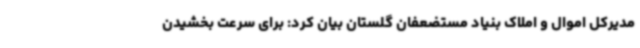
مدیرکل اموال و املاک بنیاد مستضعفان گلستان بیان کرد: برای سرعت بخشیدن